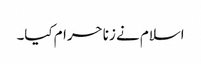
اسلام نے زنا حرام کیا۔